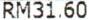
RM31.60